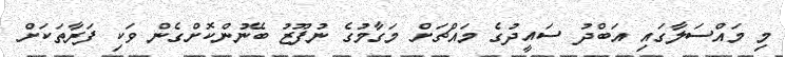
މި މައްސަލާގައި އަބްދު ސައީދުގެ މައްޗަށް މަގާމުގެ ނުފޫޒު ބޭނުންކޮށްގެން ވަކި ފަރާތަކަށް